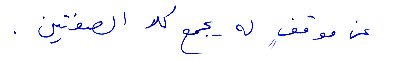
عن موقف له يجمع كلا الصفتين.